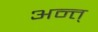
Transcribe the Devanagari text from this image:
अन्त्